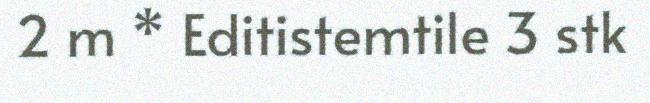
2 m * Editistemtile 3 stk